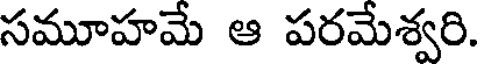
సమూహమే ఆ పరమేశ్వరి.